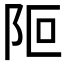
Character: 𨸭